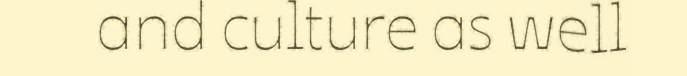
and culture as well